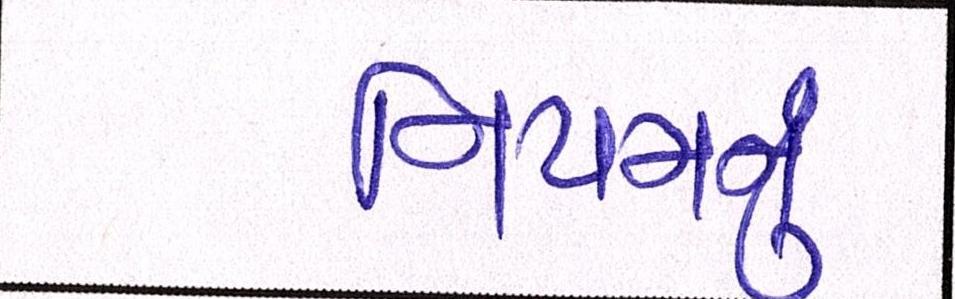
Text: નિયમનું